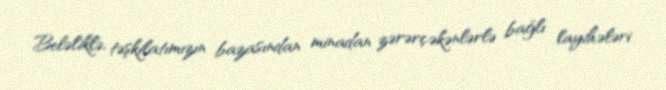
Beləliklə, təşkilatımızın bazasından minadan zərərçəkənlərlə bağlı layihələri